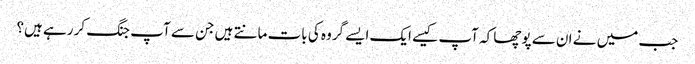
جب میں نے ان سے پوچھا کہ آپ کیسے ایک ایسے گروہ کی بات مانتے ہیں جن سے آپ جنگ کر رہے ہیں؟